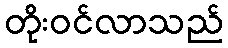
တိုးဝင်လာသည်